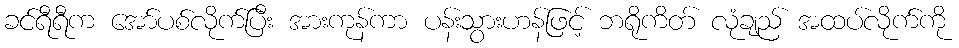
ခင်ရီရီက အော်ပစ်လိုက်ပြီး အားကုန်ကာ ပန်းသွားဟန်ဖြင့် ဘရိုကိတ် လုံချည် အထပ်လိုက်ကို